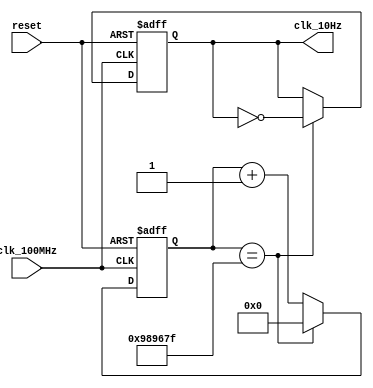
`timescale 1ns / 1ps

module tenHz_generator(
    input clk_100MHz,
    input reset,
    output clk_10Hz
    );
    
    reg [23:0] counter_reg = 0;
    reg clk_out_reg = 0;
    
    always @(posedge clk_100MHz or posedge reset) begin
        if(reset) begin
            counter_reg = 0;
            clk_out_reg = 0;
        end
        else 
            if(counter_reg == 9_999_999) begin
                counter_reg <= 0;
                clk_out_reg <= ~clk_out_reg; 
            end
            else
                counter_reg <= counter_reg + 1;
    end
    
    assign clk_10Hz = clk_out_reg;
    
endmodule